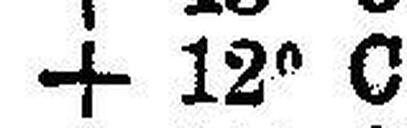
+ 12° C